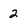
Character: 2